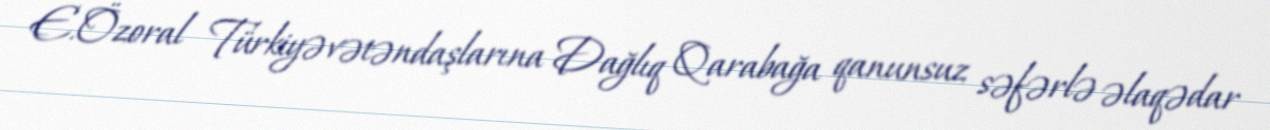
E.Özoral Türkiyə vətəndaşlarına Dağlıq Qarabağa qanunsuz səfərlə əlaqədar